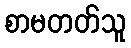
စာမတတ်သူ